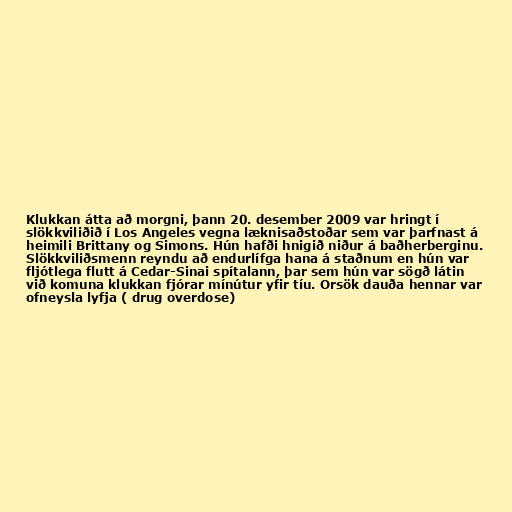
Klukkan átta að morgni, þann 20. desember 2009 var hringt í
slökkviliðið í Los Angeles vegna læknisaðstoðar sem var þarfnast á
heimili Brittany og Simons. Hún hafði hnigið niður á baðherberginu.
Slökkviliðsmenn reyndu að endurlífga hana á staðnum en hún var
fljótlega flutt á Cedar-Sinai spítalann, þar sem hún var sögð látin
við komuna klukkan fjórar mínútur yfir tíu. Orsök dauða hennar var
ofneysla lyfja ( drug overdose)